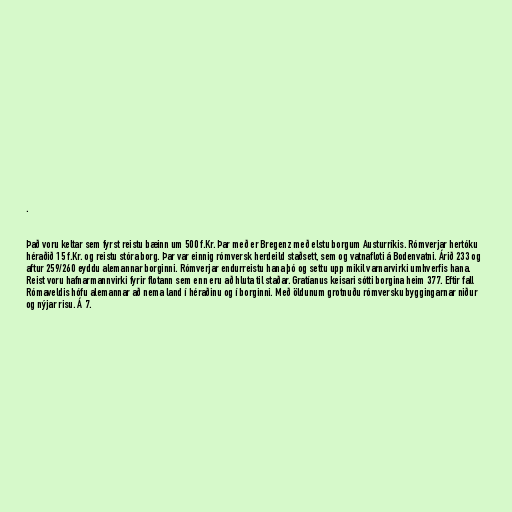
.

Það voru keltar sem fyrst reistu bæinn um 500 f.Kr. Þar með er Bregenz með elstu borgum Austurríkis. Rómverjar hertóku
héraðið 15 f.Kr. og reistu stóra borg. Þar var einnig rómversk herdeild staðsett, sem og vatnafloti á Bodenvatni. Árið 233 og
aftur 259/260 eyddu alemannar borginni. Rómverjar endurreistu hana þó og settu upp mikil varnarvirki umhverfis hana.
Reist voru hafnarmannvirki fyrir flotann sem enn eru að hluta til staðar. Gratíanus keisari sótti borgina heim 377. Eftir fall
Rómaveldis hófu alemannar að nema land í héraðinu og í borginni. Með öldunum grotnuðu rómversku byggingarnar niður
og nýjar risu. Á 7.